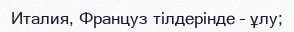
Италия, Француз тілдерінде – ұлу;